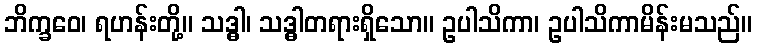
ဘိက္ခဝေ၊ ရဟန်းတို့။ သဒ္ဓါ၊ သဒ္ဓါတရားရှိသော။ ဥပါသိကာ၊ ဥပါသိကာမိန်းမသည်။